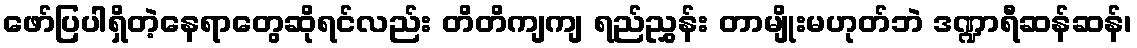
ဖော်ပြပါရှိတဲ့နေရာတွေဆိုရင်လည်း တိတိကျကျ ရည်ညွှန်း တာမျိုးမဟုတ်ဘဲ ဒဏ္ဍာရီဆန်ဆန်၊